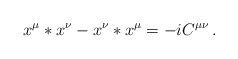
\begin{align*}x^\mu * x^\nu - x^\nu * x^\mu = - i C^{\mu\nu}\, .\end{align*}